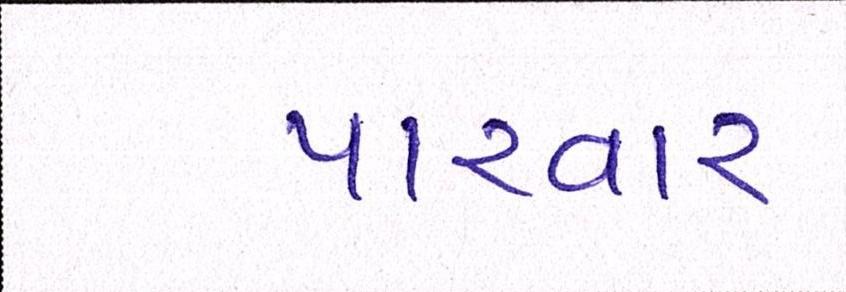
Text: પારવાર